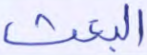
البعث